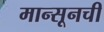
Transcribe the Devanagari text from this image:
मान्सूनची